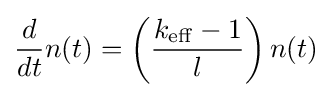
{d \over dt}n(t)=\left({k_{\mathrm {eff} }-1 \over l}\right)n(t)